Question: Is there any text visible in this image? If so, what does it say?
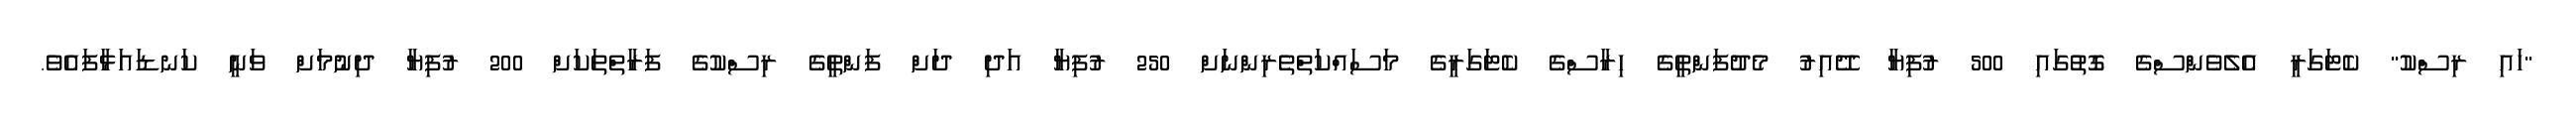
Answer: "ހައި ރިސްކު" ކެޓަގަރީ އެލެވެންސްގެ ގޮތުގައި 500 ރުފިޔާ ދޭއިރު މެދުފަންތީގެ ހިރާސްގެ ކެޓަގަރީގެ މަސައްކަތްތެރިންނަށް 250 ރުފިޔާ އަދި ދަށް ފަންތީގެ ރިސްކުގެ ފަރާތްތަކަށް 200 ރުފިޔާ ދިނުމަށް ވަނީ ކަނޑައަޅާފައެވެ.